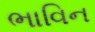
ભાવિન